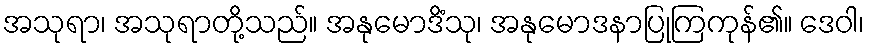
အသုရာ၊ အသုရာတို့သည်။ အနုမောဒိံသု၊ အနုမောဒနာပြုကြကုန်၏။ ဒေဝါ၊